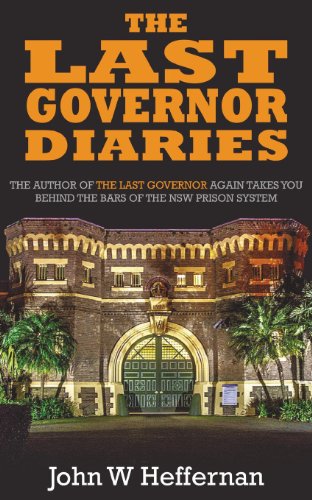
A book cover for The Last Governor Diaries; John W. Heffernan; Law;